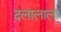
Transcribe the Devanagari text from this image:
दलालाला